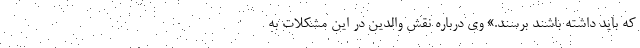
که باید داشته باشند برسند.» وی درباره نقش والدین در این مشکلات به